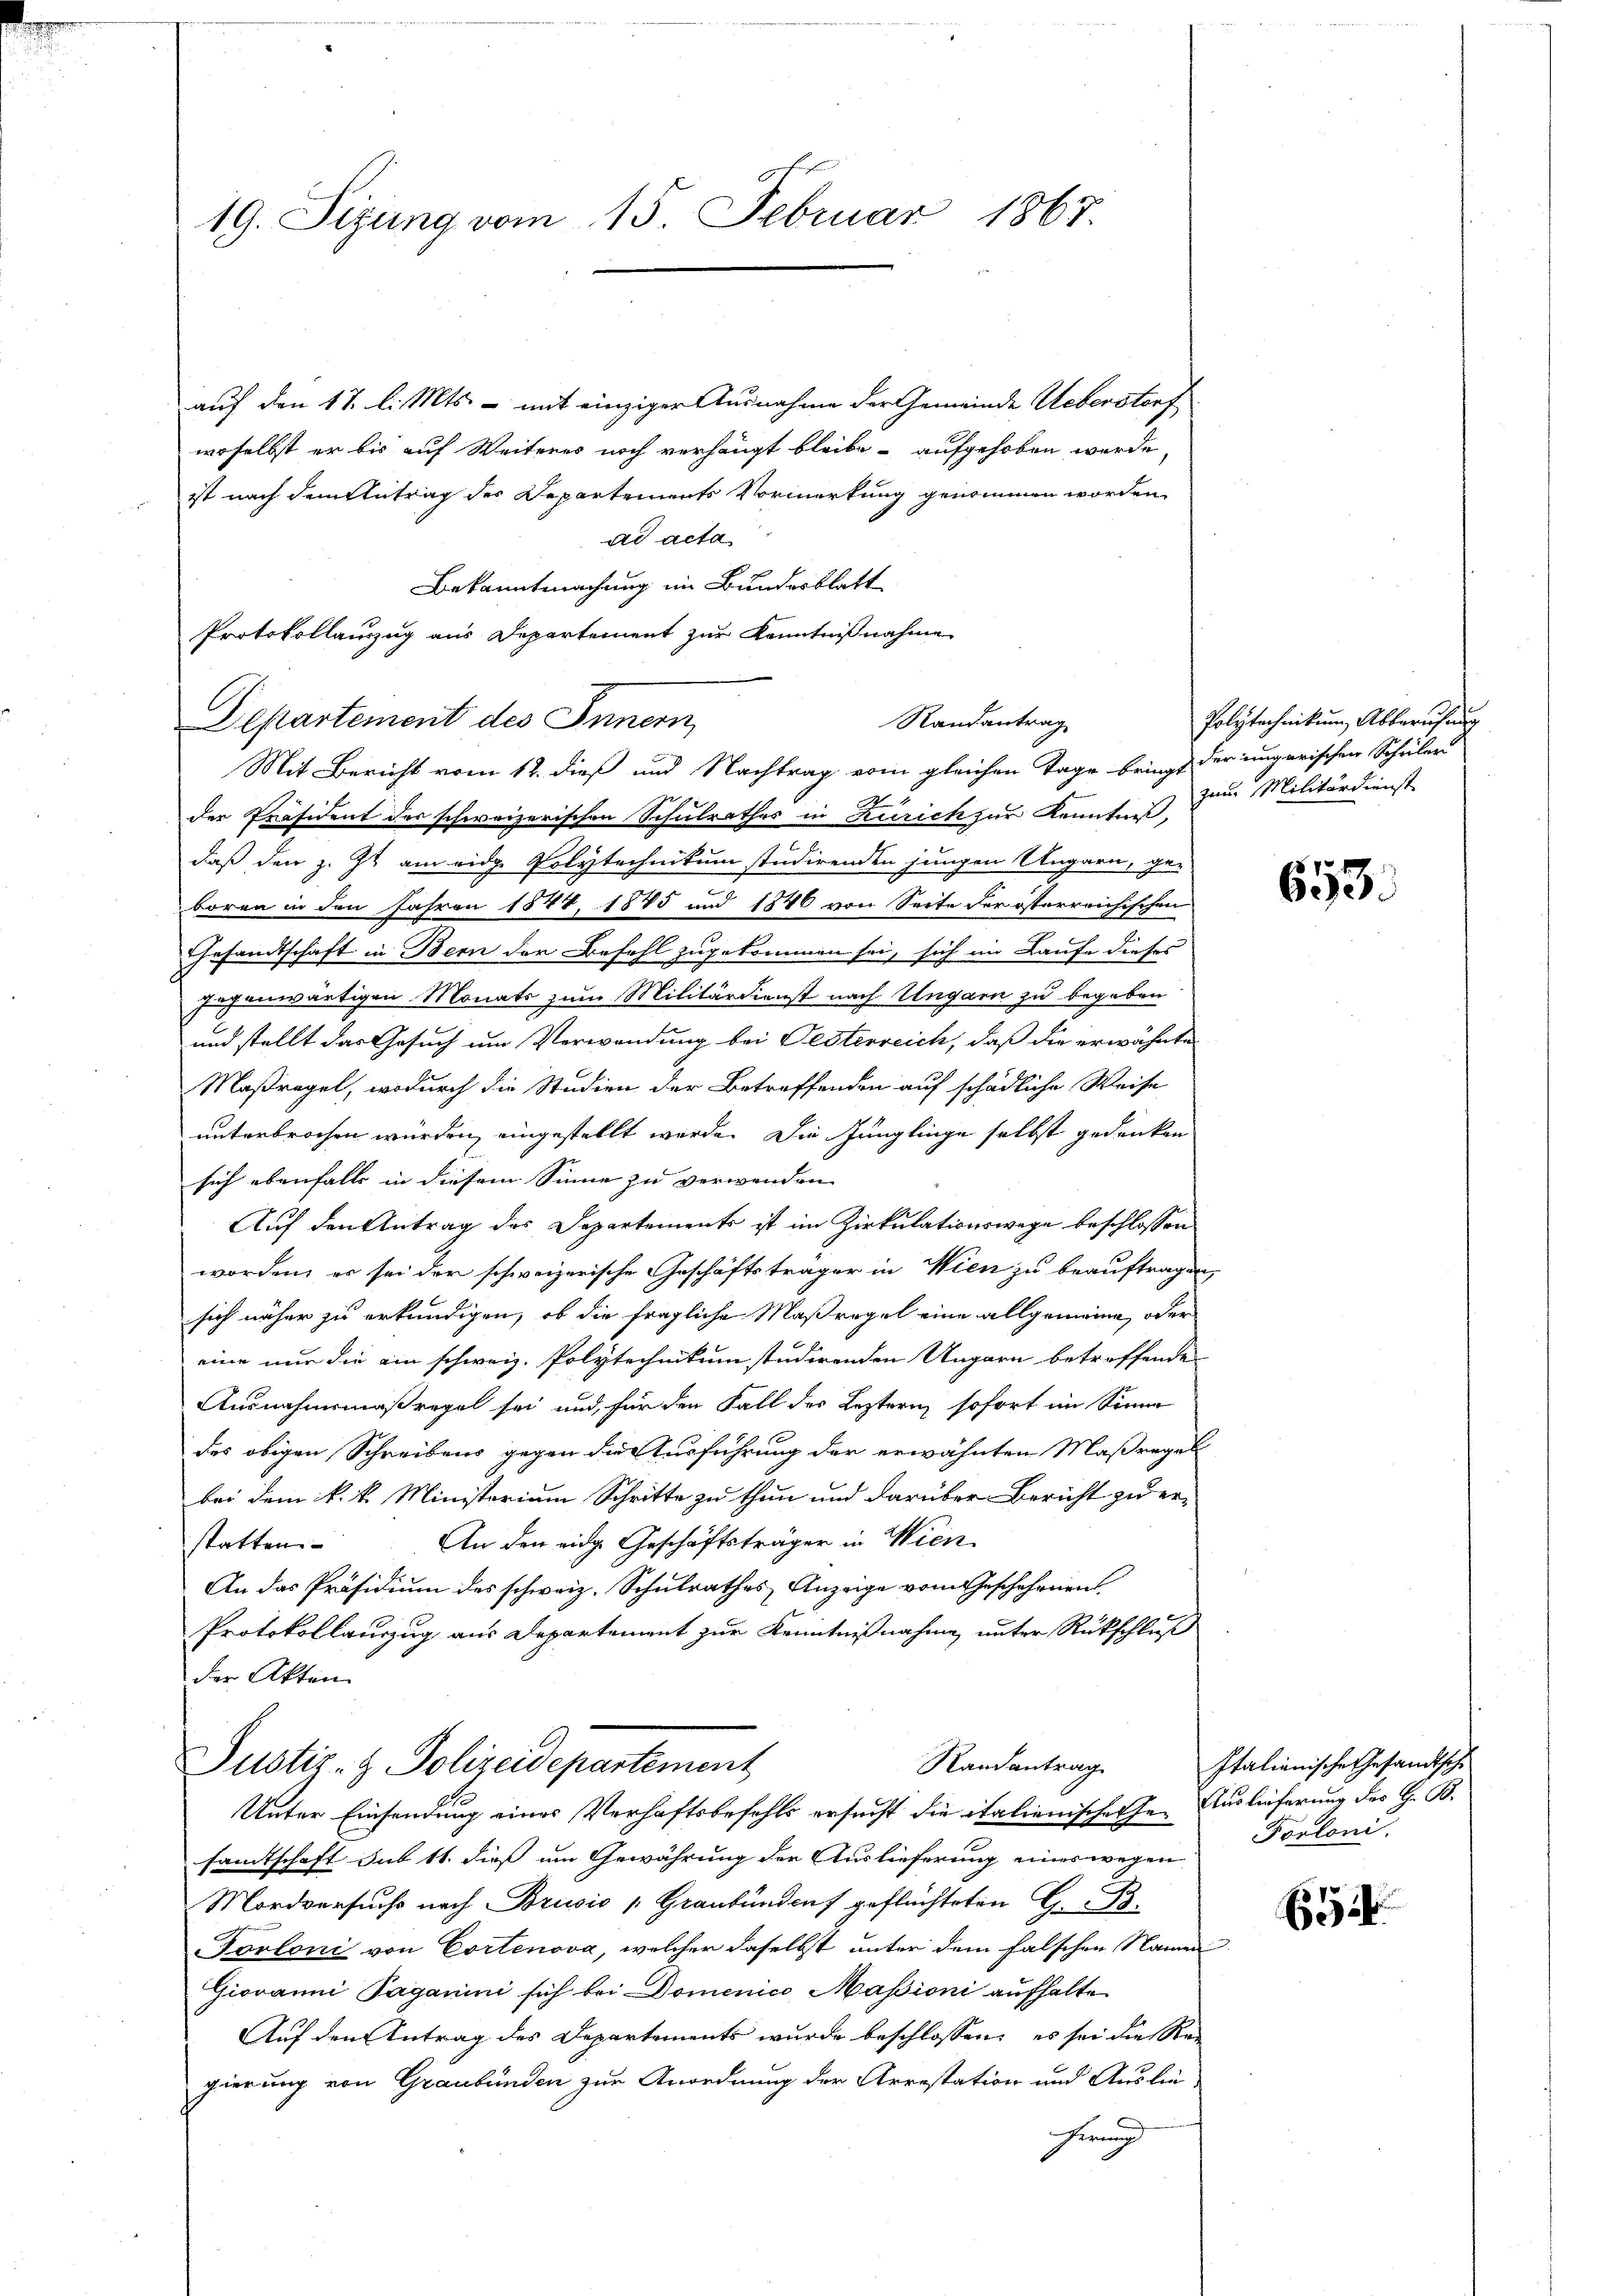
19. Sitzung vom 15. Februar 1867.

auf den 11. l. Mts. - mit einziger Ausnahme der Gemeinde Ueberstorf
woselbst er bis auf Weiteres noch verhängt bleibe aufgehoben werde,
ist nach dem Antrag des Departements Vormerkung genommen worden
ad acta
Bekanntmachung im Bundesblatt
Protokollauszug aus Departement zur Kenntnißnahme
Mit Bericht vom 12. dieß und Nachtrag vom gleichen Tage bringt der ungarischen Schüler
der Präsident des schweizerischen Schulrathes in Zürich zur Kenntniß,
daß den z. Zt. am eidg. Polytechnikum studirenden jungen Ungarn, ge-
boren in den Jahren 1844, 1885 und 1846 von Seite der österreichischen
Gesandtschaft in Bern der Befehl zugekommen sei, sich im Laufe dieses
gegenwärtigen Monats zum Militärdienst nach Ungarn zu begeben
und stellt das Gesuch um Verwendung bei Festerreich, daß die erwähnte
Maßregel, wodurch die Studien der Betreffenden auf schädliche Weise
unterbrochen würden, eingestellt werde. Die Jünglinge selbst gedenken
sich ebenfalls in diesem Sinne zu verwenden
Auf den Antrag des Departements ist im Zirkulationswege beschlossen
worden, er sei der schweizerische Geschäftsträger in Wien zu beauftragen,
sich näher zu erkundigen, ob die fragliche Maßregel eine allgemeine, oder
eine nur die ein schweiz. Polytechnikum studirenden Ungarn betreffende
Ausnahmsmaßregel sei und für den Fall des Leztern sofort im Sinne
des obigen Schreibens gegen die Ausführung der erwähnten Maßregel
bei dem k. k. Ministerium Schritte zu thun und darüber Bericht zuder¬
An den eidge Geschäftsträger in Wien
statten.
An das Präsidium des schweiz. Schulrathes Anzeige vom Geschehenen
Protokollauszug aus Departement zur Kenntnißnahme unter Rückschluß
der Akten

Departement des Innern,

Randantrag

Randantrag
Justiz- & Polizeidepartement
Unter Einsendung eines Verhaftsbefehls ersucht die italienischehen Auslieferung des H. B.

samtschaft sub 11. dieß um Gewährung der Auslieferung eines wegen
Mordversuchs nach Brusić „Graubünden geflüchteten G. B.
Forloni von Cortenova, welcher daselbst unter dem falschen Namen
Giovanni Paganini sich bei Domenico Masioni aufhalte
Auf den Antrag des Departements wurde beschlossen: es sei die Re
gierung von Graubünden zur Anordnung der Arrestation und Auslie-
Ferung

Polytechnikum Abberufung
zum Militärdienst

653.

Italianische Gesandtsche
Forloni.

65